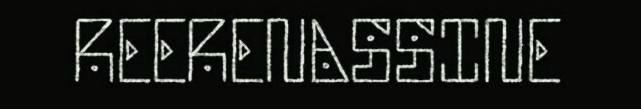
REERENASSINE